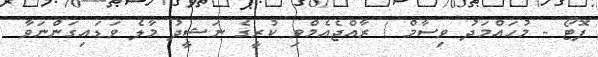
ފޮޓޯ - މުހައްމަދު ވިސާމް / ރާއްޖެއެމްވި ކުރީގެ ނަޝީދު މާލެ ވަޑައިގަންނަވާ